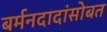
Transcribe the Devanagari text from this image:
बर्मनदादांसोबत